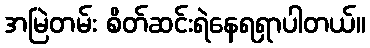
အမြဲတမ်း စိတ်ဆင်းရဲနေရရှာပါတယ်။